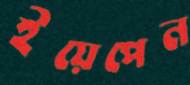
ইয়েপেন